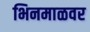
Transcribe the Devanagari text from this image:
भिनमाळवर